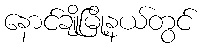
နောင်ချိုမြို့နယ်တွင်